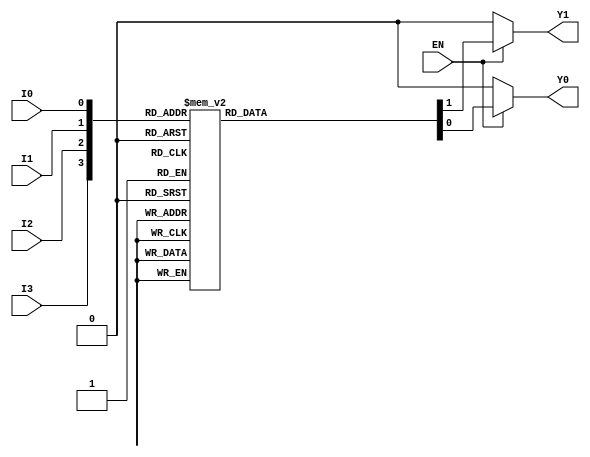
module encoder_4to2 (
    input wire I0,          // Input 0
    input wire I1,          // Input 1
    input wire I2,          // Input 2
    input wire I3,          // Input 3
    input wire EN,          // Enable signal
    output reg Y0,          // Output 0
    output reg Y1           // Output 1
);

// Combinational logic for the encoder
always @(*) begin
    if (!EN) begin
        // When enable is low, output is defined as 00
        Y0 = 1'b0;
        Y1 = 1'b0;
    end else begin
        // Priority encoding
        case ({I3, I2, I1, I0})
            4'b0000: begin
                Y0 = 1'b0; 
                Y1 = 1'b0; // No active inputs
            end
            4'b0001: begin
                Y0 = 1'b0; 
                Y1 = 1'b0; // Output: 00
            end
            4'b0010: begin
                Y0 = 1'b1; 
                Y1 = 1'b0; // Output: 01
            end
            4'b0100: begin
                Y0 = 1'b0; 
                Y1 = 1'b1; // Output: 10
            end
            4'b1000: begin
                Y0 = 1'b1; 
                Y1 = 1'b1; // Output: 11
            end
            // Handle cases where multiple inputs are active
            4'b0011: begin  // I1 and I0
                Y0 = 1'b0; 
                Y1 = 1'b1; // Output: 01
            end
            4'b0110: begin  // I2 and I1
                Y0 = 1'b0; 
                Y1 = 1'b1; // Output: 10
            end
            4'b1100: begin  // I3 and I2
                Y0 = 1'b1; 
                Y1 = 1'b1; // Output: 11
            end
            4'b1110: begin  // I3, I2 and I1
                Y0 = 1'b1; 
                Y1 = 1'b1; // Output: 11
            end
            4'b0111: begin  // I2, I1 and I0
                Y0 = 1'b1; 
                Y1 = 1'b1; // Output: 11
            end
            4'b1111: begin  // All inputs active
                Y0 = 1'b1; 
                Y1 = 1'b1; // Output: 11
            end
            default: begin
                Y0 = 1'b0;
                Y1 = 1'b0; // Default case (should not occur)
            end
        endcase
    end
end

endmodule